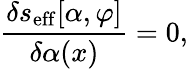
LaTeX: {\frac{\delta s_{\mathrm{eff}}[\alpha,\varphi]}{\delta\alpha(x)}}=0,